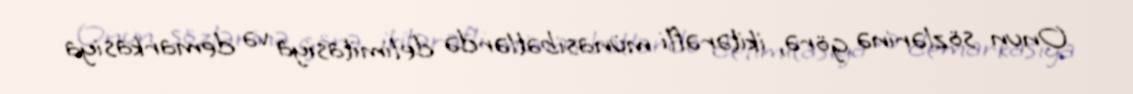
Onun sözlərinə görə, ikitərəfli münasibətlərdə delimitasiya və demarkasiya